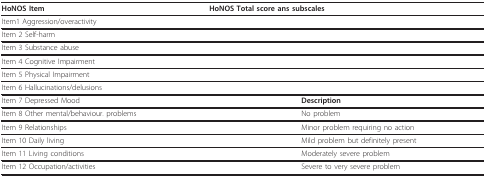
<table><thead><tr><td><b>HoNOS Item</b></td><td colspan="2"><b>HoNOS Total score ans subscales</b></td></tr></thead><tbody><tr><td>Item1 Aggression/overactivity</td><td>[EMPTY_CELL]</td><td>[EMPTY_CELL]</td></tr><tr><td>Item 2 Self-harm</td><td colspan="2">[EMPTY_CELL]</td></tr><tr><td>Item 3 Substance abuse</td><td colspan="2">[EMPTY_CELL]</td></tr><tr><td>Item 4 Cognitive Impairment</td><td colspan="2">[EMPTY_CELL]</td></tr><tr><td>Item 5 Physical Impairment</td><td colspan="2">[EMPTY_CELL]</td></tr><tr><td>Item 6 Hallucinations/delusions</td><td colspan="2">[EMPTY_CELL]</td></tr><tr><td>Item 7 Depressed Mood</td><td>[EMPTY_CELL]</td><td><b>Description</b></td></tr><tr><td>Item 8 Other mental/behaviour. problems</td><td>[EMPTY_CELL]</td><td>No problem</td></tr><tr><td>Item 9 Relationships</td><td>[EMPTY_CELL]</td><td>Minor problem requiring no action</td></tr><tr><td>Item 10 Daily living</td><td>[EMPTY_CELL]</td><td>Mild problem but definitely present</td></tr><tr><td>Item 11 Living conditions</td><td>[EMPTY_CELL]</td><td>Moderately severe problem</td></tr><tr><td>Item 12 Occupation/activities</td><td>[EMPTY_CELL]</td><td>Severe to very severe problem</td></tr></tbody></table>